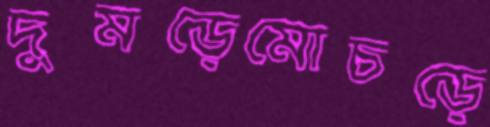
দুমড়েমোচড়ে